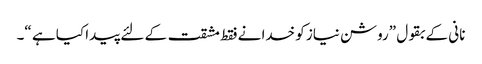
نانی کے بقول ”روشن نیاز کو خدا نے فقط مشقت کے لئے پیدا کیا ہے “۔